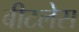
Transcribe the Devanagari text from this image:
बीटलेस